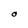
Character: O